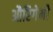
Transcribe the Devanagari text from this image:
औरिगेमी